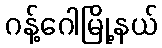
ဂန့်ဂေါမြို့နယ်